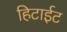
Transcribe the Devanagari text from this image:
हिटाईट